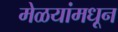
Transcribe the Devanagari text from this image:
मेळयांमधून